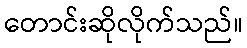
တောင်းဆိုလိုက်သည်။